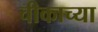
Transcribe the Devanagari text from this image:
चीकाच्या